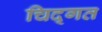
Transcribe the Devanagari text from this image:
चिद्गत